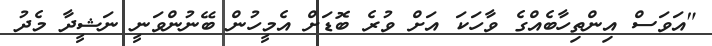
"އަވަސް އިންތިހާބެއްގެ ވާހަކަ އަށް ވުރެ ބޮޑަށް އެމީހުން ބޭނުންވަނީ ނަޝީދާ މެދު